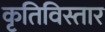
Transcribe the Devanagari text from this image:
कृतिविस्तार